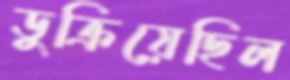
ডুক্‌রিয়েছিল